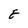
Character: E